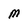
Character: M